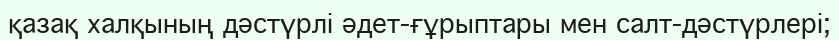
қазақ халқының дәстүрлі әдет-ғұрыптары мен салт-дәстүрлері;